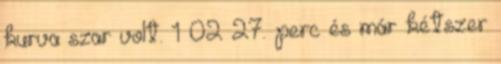
kurva szar volt. 1×02 27. perc és már kétszer